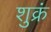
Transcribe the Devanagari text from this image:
शुक्रं